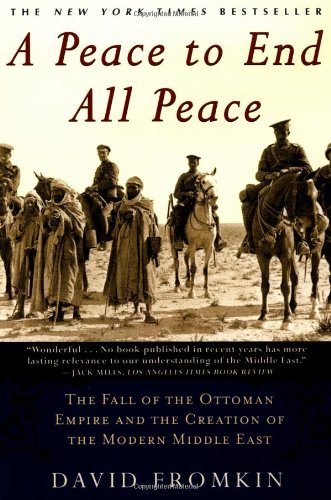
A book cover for A Peace to End All Peace: The Fall of the Ottoman Empire and the Creation of the Modern Middle East; David Fromkin; History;